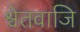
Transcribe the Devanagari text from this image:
श्वेतवाजि